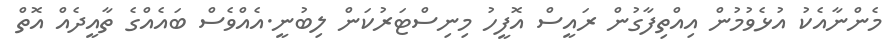
މެންނާއެކު އުޅެވުމުން އިއްތިފާގުން ރައީސް އޮފީހު މިނިސްޓަރުކަން ލިބުނީ.އެއްވެސް ބައެއްގެ ތާއީދެއް އޮތް